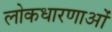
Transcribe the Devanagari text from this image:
लोकधारणाओं